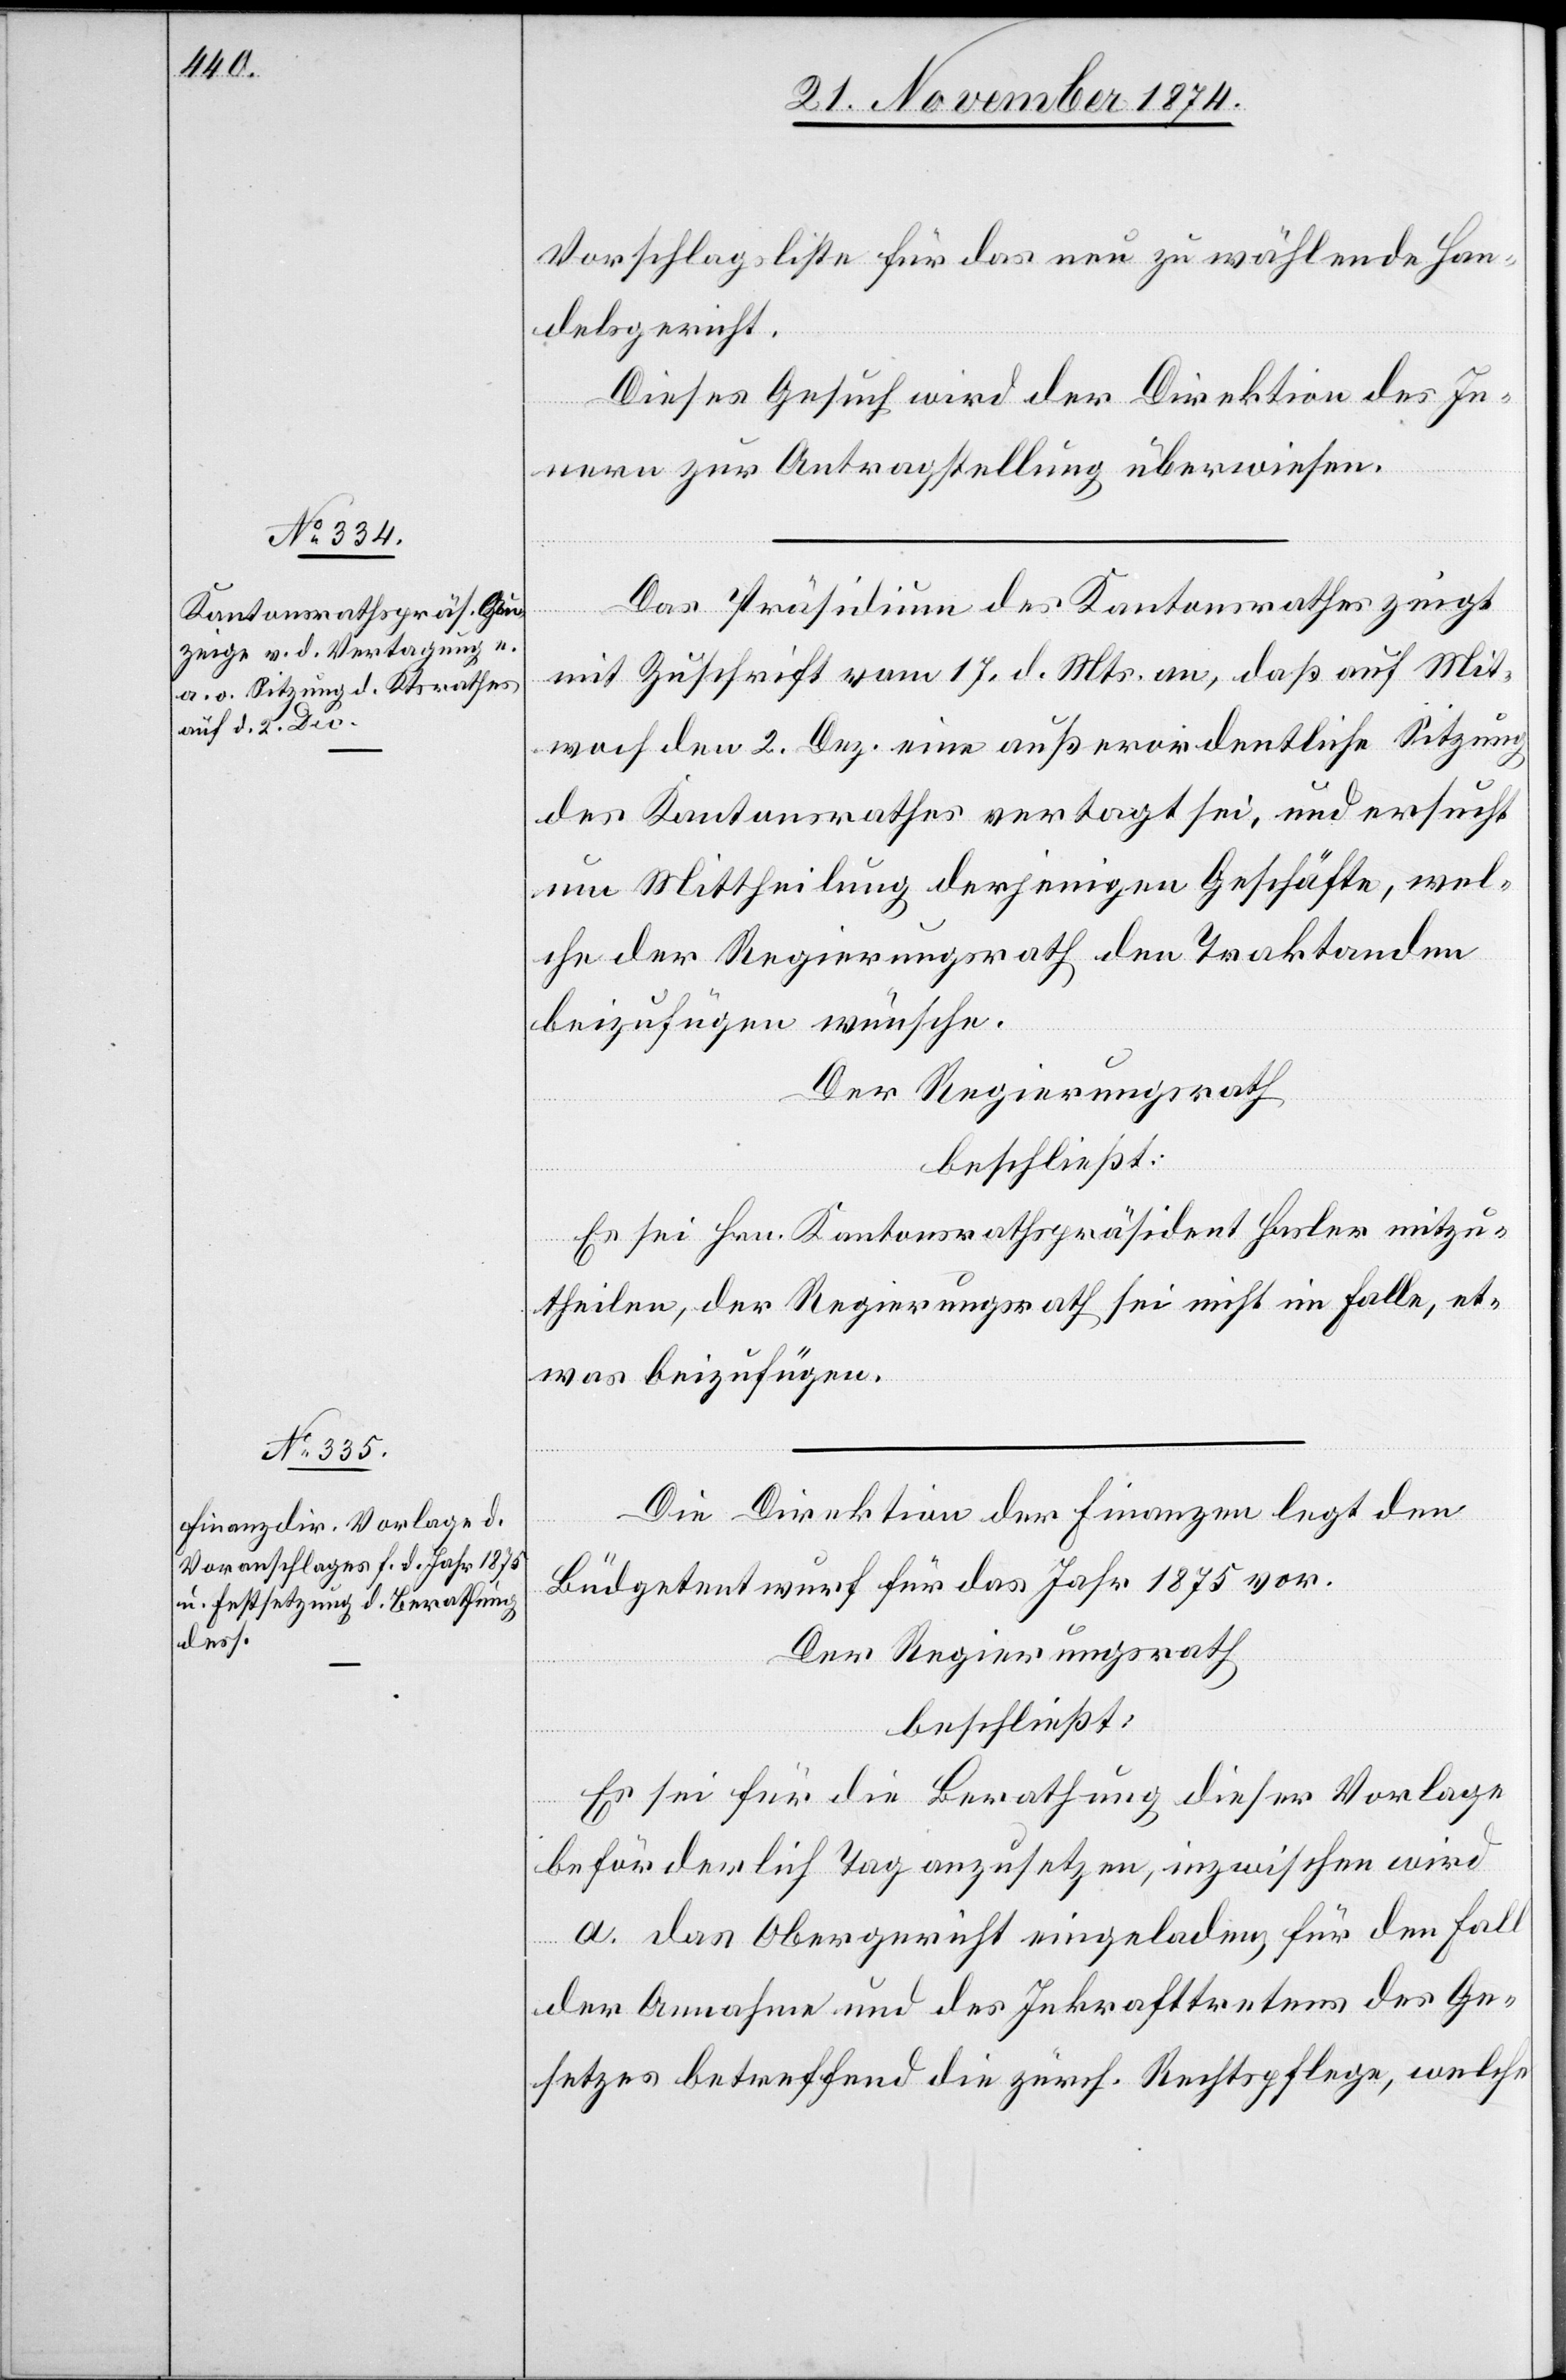
Vorschlagsliste für das neu zu wählende Han¬
delsgericht.
Dieses Gesuch wird der Direktion des In¬
Kantonsrathes
nern zur Antragstellung überwiesen.
mit Zuschrift vom 17. d. Mts. an, daß auf Mi¬
woch den 2. Dez. eine außerordentliche Sitzung
des Kantonsrathes vertagt sei, und ersucht
um Mittheilung derjenigen Geschäfte, wel¬
che der Regierungsrath den Traktanden
beizufügen wünsche.
t[t]t¬
Der Regierungsrath
beschließt:
Es sei Hrn. Kantonsrathspräsident Hasler mitzu¬
theilen, der Regierungsrath sei nicht im Falle, et¬
was beizufügen.
Die Direktion der Finanzen legt den
Büdgetentwurf für das Jahr 1875 vor.
des
Der Regierungsrath
beschließt:
Es sei für die Berathung dieser Vorlage
beförderlich Tag anzusetzen, inzwischen wird
a. das Obergericht eingeladen, für den Fall
der Annahme und des Inkrafttretens des Ge¬
setzes betreffend die zürch. Rechtspflege, welche